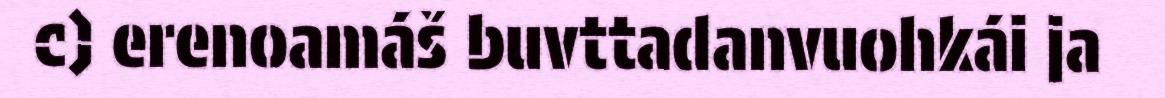
c) erenoamáš buvttadanvuohkái ja